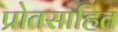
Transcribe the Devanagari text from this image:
प्रोतसाहित